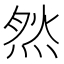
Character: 𱫙